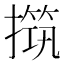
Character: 𰔧